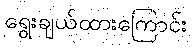
ရွေးချယ်ထားကြောင်း